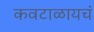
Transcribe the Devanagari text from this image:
कवटाळायचं